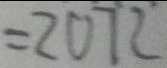
= 2 0 7 2